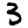
Digit: 3